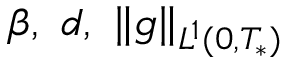
\beta , \ d , \ \| g \| _ { L ^ { 1 } ( 0 , T _ { * } ) }